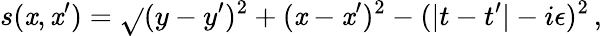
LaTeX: s(\mathit{x},\mathit{x}^{\prime})=\sqrt{}{{(y-y^{\prime})^{2}+(\mathit{x}-\mathit{x}^{\prime})^{2}-(|t-t^{\prime}|-i\epsilon)^{2}}}\, ,